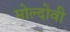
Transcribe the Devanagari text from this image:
मोल्दोवी